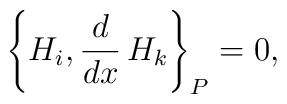
\left\{ H_i , \frac{d}{d x} \, H_k \right\}_P = 0,